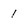
Character: 1